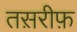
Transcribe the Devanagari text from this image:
तस़रीफ़